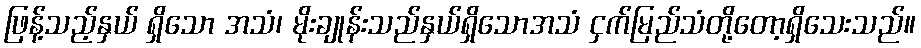
ဖြန့်သည့်နှယ် ရှိသော အသံ၊ မိုးချုန်းသည်နှယ်ရှိသောအသံ ငှက်မြည်သံတို့တော့ရှိသေးသည်။